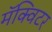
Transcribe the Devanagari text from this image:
मॅक्विटर